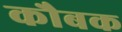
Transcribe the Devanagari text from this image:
कौबक